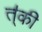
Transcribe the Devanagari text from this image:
त्॑की